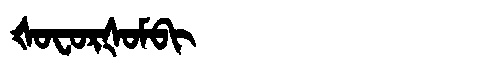
Manchu: ᡧᠣᠸᠣᡵᡧᠣᠮᠪᡳ
Romanization: ŠOFORŠOMBI